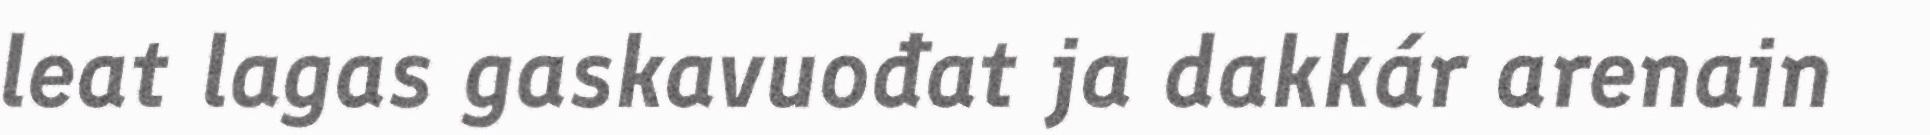
leat lagas gaskavuođat ja dakkár arenain